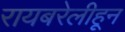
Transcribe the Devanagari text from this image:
रायबरेलीहून